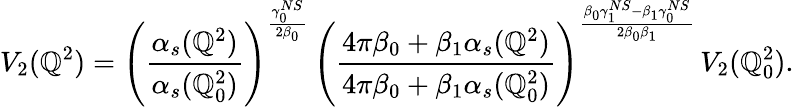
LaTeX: V_{2}(\mathbb{Q}^{2})=\left(\frac{{\alpha_{s}(\mathbb{Q}^{2})}}{{\alpha_{s}(\mathbb{Q}_{0}^{2})}}\right)^{\frac{{\gamma_{0}^{NS}}}{{2\beta_{0}}}}\, \left(\frac{{4\pi\beta_{0}+\beta_{1}\alpha_{s}(\mathbb{Q}^{2})}}{{4\pi\beta_{0}+\beta_{1}\alpha_{s}(\mathbb{Q}_{0}^{2})}}\right)^{\frac{{\beta_{0}\gamma_{1}^{NS}-\beta_{1}\gamma_{0}^{NS}}}{{2\beta_{0}\beta_{1}}}}\, V_{2}(\mathbb{Q}_{0}^{2}).